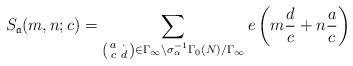
LaTeX: \begin{align*} S_\mathfrak{a}(m,n; c) = \sum_{\left(\begin{smallmatrix} a&\cdot \\ c&d \end{smallmatrix}\right) \in \Gamma_\infty \backslash \sigma_\alpha^{-1} \Gamma_0(N) / \Gamma_\infty} e\left( m \frac{d}{c} + n \frac{a}{c}\right)\end{align*}